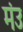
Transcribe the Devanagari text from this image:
मंउ